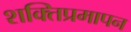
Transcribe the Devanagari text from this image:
शक्तिप्रमापन